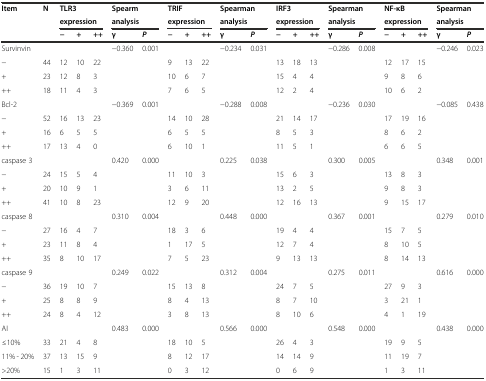
<table><thead><tr><td rowspan="3"><b>Item</b></td><td rowspan="3"><b>N</b></td><td colspan="3"><b>TLR3</b></td><td colspan="2"><b>Spearm</b></td><td colspan="3"><b>TRIF</b></td><td colspan="2"><b>Spearman</b></td><td colspan="3"><b>IRF3</b></td><td colspan="2"><b>Spearman</b></td><td colspan="3"><b>NF-κB</b></td><td colspan="2"><b>Spearman</b></td></tr><tr><td colspan="3"><b>expression</b></td><td colspan="2"><b>analysis</b></td><td colspan="3"><b>expression</b></td><td colspan="2"><b>analysis</b></td><td colspan="3"><b>expression</b></td><td colspan="2"><b>analysis</b></td><td colspan="3"><b>expression</b></td><td colspan="2"><b>analysis</b></td></tr><tr><td><b>−</b></td><td><b>+</b></td><td><b>++</b></td><td><b>γ</b></td><td><b><i>P</i></b></td><td><b>−</b></td><td><b>+</b></td><td><b>++</b></td><td><b>γ</b></td><td><b><i>P</i></b></td><td><b>−</b></td><td><b>+</b></td><td><b>++</b></td><td><b>γ</b></td><td><b><i>P</i></b></td><td><b>−</b></td><td><b>+</b></td><td><b>++</b></td><td><b>γ</b></td><td><b><i>P</i></b></td></tr></thead><tbody><tr><td>Survinvin</td><td></td><td></td><td></td><td></td><td>−0.360</td><td>0.001</td><td></td><td></td><td></td><td>−0.234</td><td>0.031</td><td></td><td></td><td></td><td>−0.286</td><td>0.008</td><td></td><td></td><td></td><td>−0.246</td><td>0.023</td></tr><tr><td>−</td><td>44</td><td>12</td><td>10</td><td>22</td><td></td><td></td><td>9</td><td>13</td><td>22</td><td></td><td></td><td>13</td><td>18</td><td>13</td><td></td><td></td><td>12</td><td>17</td><td>15</td><td></td><td></td></tr><tr><td>+</td><td>23</td><td>12</td><td>8</td><td>3</td><td></td><td></td><td>10</td><td>6</td><td>7</td><td></td><td></td><td>15</td><td>4</td><td>4</td><td></td><td></td><td>9</td><td>8</td><td>6</td><td></td><td></td></tr><tr><td>++</td><td>18</td><td>11</td><td>4</td><td>3</td><td></td><td></td><td>7</td><td>6</td><td>5</td><td></td><td></td><td>12</td><td>2</td><td>4</td><td></td><td></td><td>10</td><td>6</td><td>2</td><td></td><td></td></tr><tr><td>Bcl-2</td><td></td><td></td><td></td><td></td><td>−0.369</td><td>0.001</td><td></td><td></td><td></td><td>−0.288</td><td>0.008</td><td></td><td></td><td></td><td>−0.236</td><td>0.030</td><td></td><td></td><td></td><td>−0.085</td><td>0.438</td></tr><tr><td>−</td><td>52</td><td>16</td><td>13</td><td>23</td><td></td><td></td><td>14</td><td>10</td><td>28</td><td></td><td></td><td>21</td><td>14</td><td>17</td><td></td><td></td><td>17</td><td>19</td><td>16</td><td></td><td></td></tr><tr><td>+</td><td>16</td><td>6</td><td>5</td><td>5</td><td></td><td></td><td>6</td><td>5</td><td>5</td><td></td><td></td><td>8</td><td>5</td><td>3</td><td></td><td></td><td>8</td><td>6</td><td>2</td><td></td><td></td></tr><tr><td>++</td><td>17</td><td>13</td><td>4</td><td>0</td><td></td><td></td><td>6</td><td>10</td><td>1</td><td></td><td></td><td>11</td><td>5</td><td>1</td><td></td><td></td><td>6</td><td>6</td><td>5</td><td></td><td></td></tr><tr><td>caspase 3</td><td></td><td></td><td></td><td></td><td>0.420</td><td>0.000</td><td></td><td></td><td></td><td>0.225</td><td>0.038</td><td></td><td></td><td></td><td>0.300</td><td>0.005</td><td></td><td></td><td></td><td>0.348</td><td>0.001</td></tr><tr><td>−</td><td>24</td><td>15</td><td>5</td><td>4</td><td></td><td></td><td>11</td><td>10</td><td>3</td><td></td><td></td><td>15</td><td>6</td><td>3</td><td></td><td></td><td>13</td><td>8</td><td>3</td><td></td><td></td></tr><tr><td>+</td><td>20</td><td>10</td><td>9</td><td>1</td><td></td><td></td><td>3</td><td>6</td><td>11</td><td></td><td></td><td>13</td><td>2</td><td>5</td><td></td><td></td><td>9</td><td>8</td><td>3</td><td></td><td></td></tr><tr><td>++</td><td>41</td><td>10</td><td>8</td><td>23</td><td></td><td></td><td>12</td><td>9</td><td>20</td><td></td><td></td><td>12</td><td>16</td><td>13</td><td></td><td></td><td>9</td><td>15</td><td>17</td><td></td><td></td></tr><tr><td>caspase 8</td><td></td><td></td><td></td><td></td><td>0.310</td><td>0.004</td><td></td><td></td><td></td><td>0.448</td><td>0.000</td><td></td><td></td><td></td><td>0.367</td><td>0.001</td><td></td><td></td><td></td><td>0.279</td><td>0.010</td></tr><tr><td>−</td><td>27</td><td>16</td><td>4</td><td>7</td><td></td><td></td><td>18</td><td>3</td><td>6</td><td></td><td></td><td>19</td><td>4</td><td>4</td><td></td><td></td><td>15</td><td>7</td><td>5</td><td></td><td></td></tr><tr><td>+</td><td>23</td><td>11</td><td>8</td><td>4</td><td></td><td></td><td>1</td><td>17</td><td>5</td><td></td><td></td><td>12</td><td>7</td><td>4</td><td></td><td></td><td>8</td><td>10</td><td>5</td><td></td><td></td></tr><tr><td>++</td><td>35</td><td>8</td><td>10</td><td>17</td><td></td><td></td><td>7</td><td>5</td><td>23</td><td></td><td></td><td>9</td><td>13</td><td>13</td><td></td><td></td><td>8</td><td>14</td><td>13</td><td></td><td></td></tr><tr><td>caspase 9</td><td></td><td></td><td></td><td></td><td>0.249</td><td>0.022</td><td></td><td></td><td></td><td>0.312</td><td>0.004</td><td></td><td></td><td></td><td>0.275</td><td>0.011</td><td></td><td></td><td></td><td>0.616</td><td>0.000</td></tr><tr><td>−</td><td>36</td><td>19</td><td>10</td><td>7</td><td></td><td></td><td>15</td><td>13</td><td>8</td><td></td><td></td><td>24</td><td>7</td><td>5</td><td></td><td></td><td>27</td><td>9</td><td>3</td><td></td><td></td></tr><tr><td>+</td><td>25</td><td>8</td><td>8</td><td>9</td><td></td><td></td><td>8</td><td>4</td><td>13</td><td></td><td></td><td>8</td><td>7</td><td>10</td><td></td><td></td><td>3</td><td>21</td><td>1</td><td></td><td></td></tr><tr><td>++</td><td>24</td><td>8</td><td>4</td><td>12</td><td></td><td></td><td>3</td><td>8</td><td>13</td><td></td><td></td><td>8</td><td>10</td><td>6</td><td></td><td></td><td>4</td><td>1</td><td>19</td><td></td><td></td></tr><tr><td>AI</td><td></td><td></td><td></td><td></td><td>0.483</td><td>0.000</td><td></td><td></td><td></td><td>0.566</td><td>0.000</td><td></td><td></td><td></td><td>0.548</td><td>0.000</td><td></td><td></td><td></td><td>0.438</td><td>0.000</td></tr><tr><td>≤10%</td><td>33</td><td>21</td><td>4</td><td>8</td><td></td><td></td><td>18</td><td>10</td><td>5</td><td></td><td></td><td>26</td><td>4</td><td>3</td><td></td><td></td><td>19</td><td>9</td><td>5</td><td></td><td></td></tr><tr><td>11% - 20%</td><td>37</td><td>13</td><td>15</td><td>9</td><td></td><td></td><td>8</td><td>12</td><td>17</td><td></td><td></td><td>14</td><td>14</td><td>9</td><td></td><td></td><td>11</td><td>19</td><td>7</td><td></td><td></td></tr><tr><td>&gt;20%</td><td>15</td><td>1</td><td>3</td><td>11</td><td></td><td></td><td>0</td><td>3</td><td>12</td><td></td><td></td><td>0</td><td>6</td><td>9</td><td></td><td></td><td>1</td><td>3</td><td>11</td><td></td><td></td></tr></tbody></table>